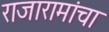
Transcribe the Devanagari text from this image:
राजारामांचा